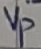
Text: vp